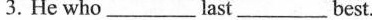
3. He who ___last ___best.